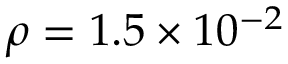
\rho = 1 . 5 \times 1 0 ^ { - 2 }